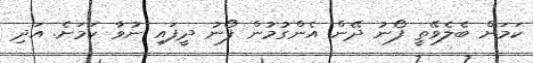
ކަމަށް ބެލެވޭތީ ފޯނު ދޭން އެންގުމުން ފޯނު ދީފައި ނުވާ ކަމަށެ. އަދި